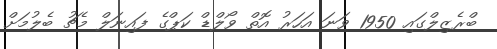
ބްރެޒިލްގައި 1950 ވަނަ އަހަރު އޮތް ވޯލްޑް ކަޕްގެ ފައިނަލް މެޗު ބެލުމަށް